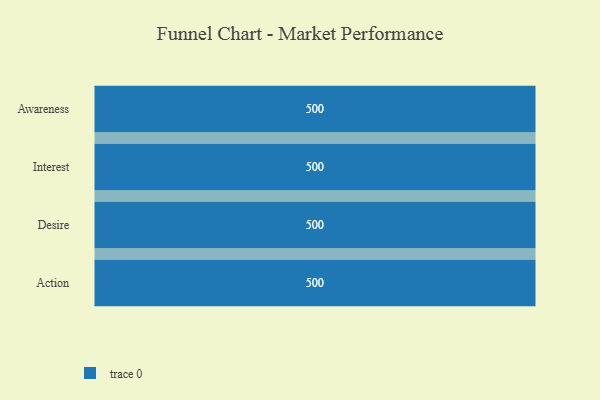
{"axis": {"x": "Stage", "y": "Value"}, "legend": [""], "data": [{"x": "Awareness", "y": 500, "type": ""}, {"x": "Interest", "y": 500, "type": ""}, {"x": "Desire", "y": 500, "type": ""}, {"x": "Action", "y": 500, "type": ""}]}